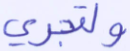
ولتجري